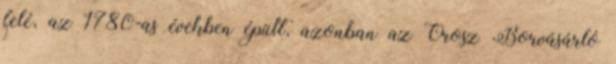
felé, az 1780-as években épült, azonban az Orosz Borvásárló